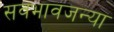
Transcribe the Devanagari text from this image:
सवभावजन्या